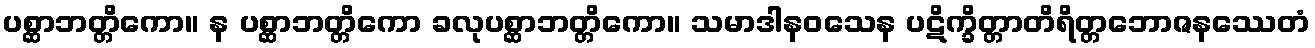
ပစ္ဆာဘတ္တိကော။ န ပစ္ဆာဘတ္တိကော ခလုပစ္ဆာဘတ္တိကော။ သမာဒါနဝသေန ပဋိက္ခိတ္တာတိရိတ္တဘောဇနဿေတံ